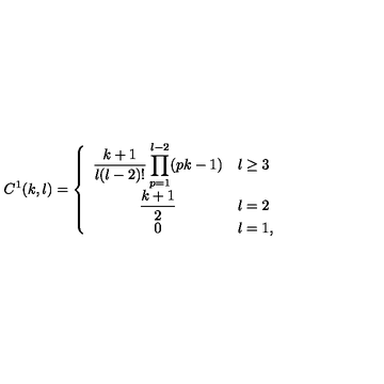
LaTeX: C ^ { 1 } ( k , l ) = \left\{ \begin{array} { c l } { { \displaystyle \frac { k + 1 } { l ( l - 2 ) ! } \prod _ { p = 1 } ^ { l - 2 } ( p k - 1 ) } } & { l \geq 3 \vspace * { 0 . 2 c m } } \\ { { \displaystyle \frac { k + 1 } { 2 } } } & { l = 2 \vspace * { 0 . 2 c m } } \\ { { \displaystyle 0 } } & { l = 1 , } \\ \end{array} \right.